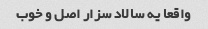
واقعا یه سالاد سزار اصل و خوب